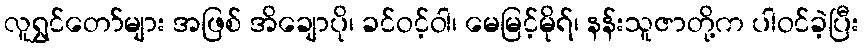
လူရွှင်တော်များ အဖြစ် အိချောပို၊ ခင်ဝင့်ဝါ၊ မေမြင့်မိုရ်၊ နန်းသူဇာတို့က ပါဝင်ခဲ့ပြီး